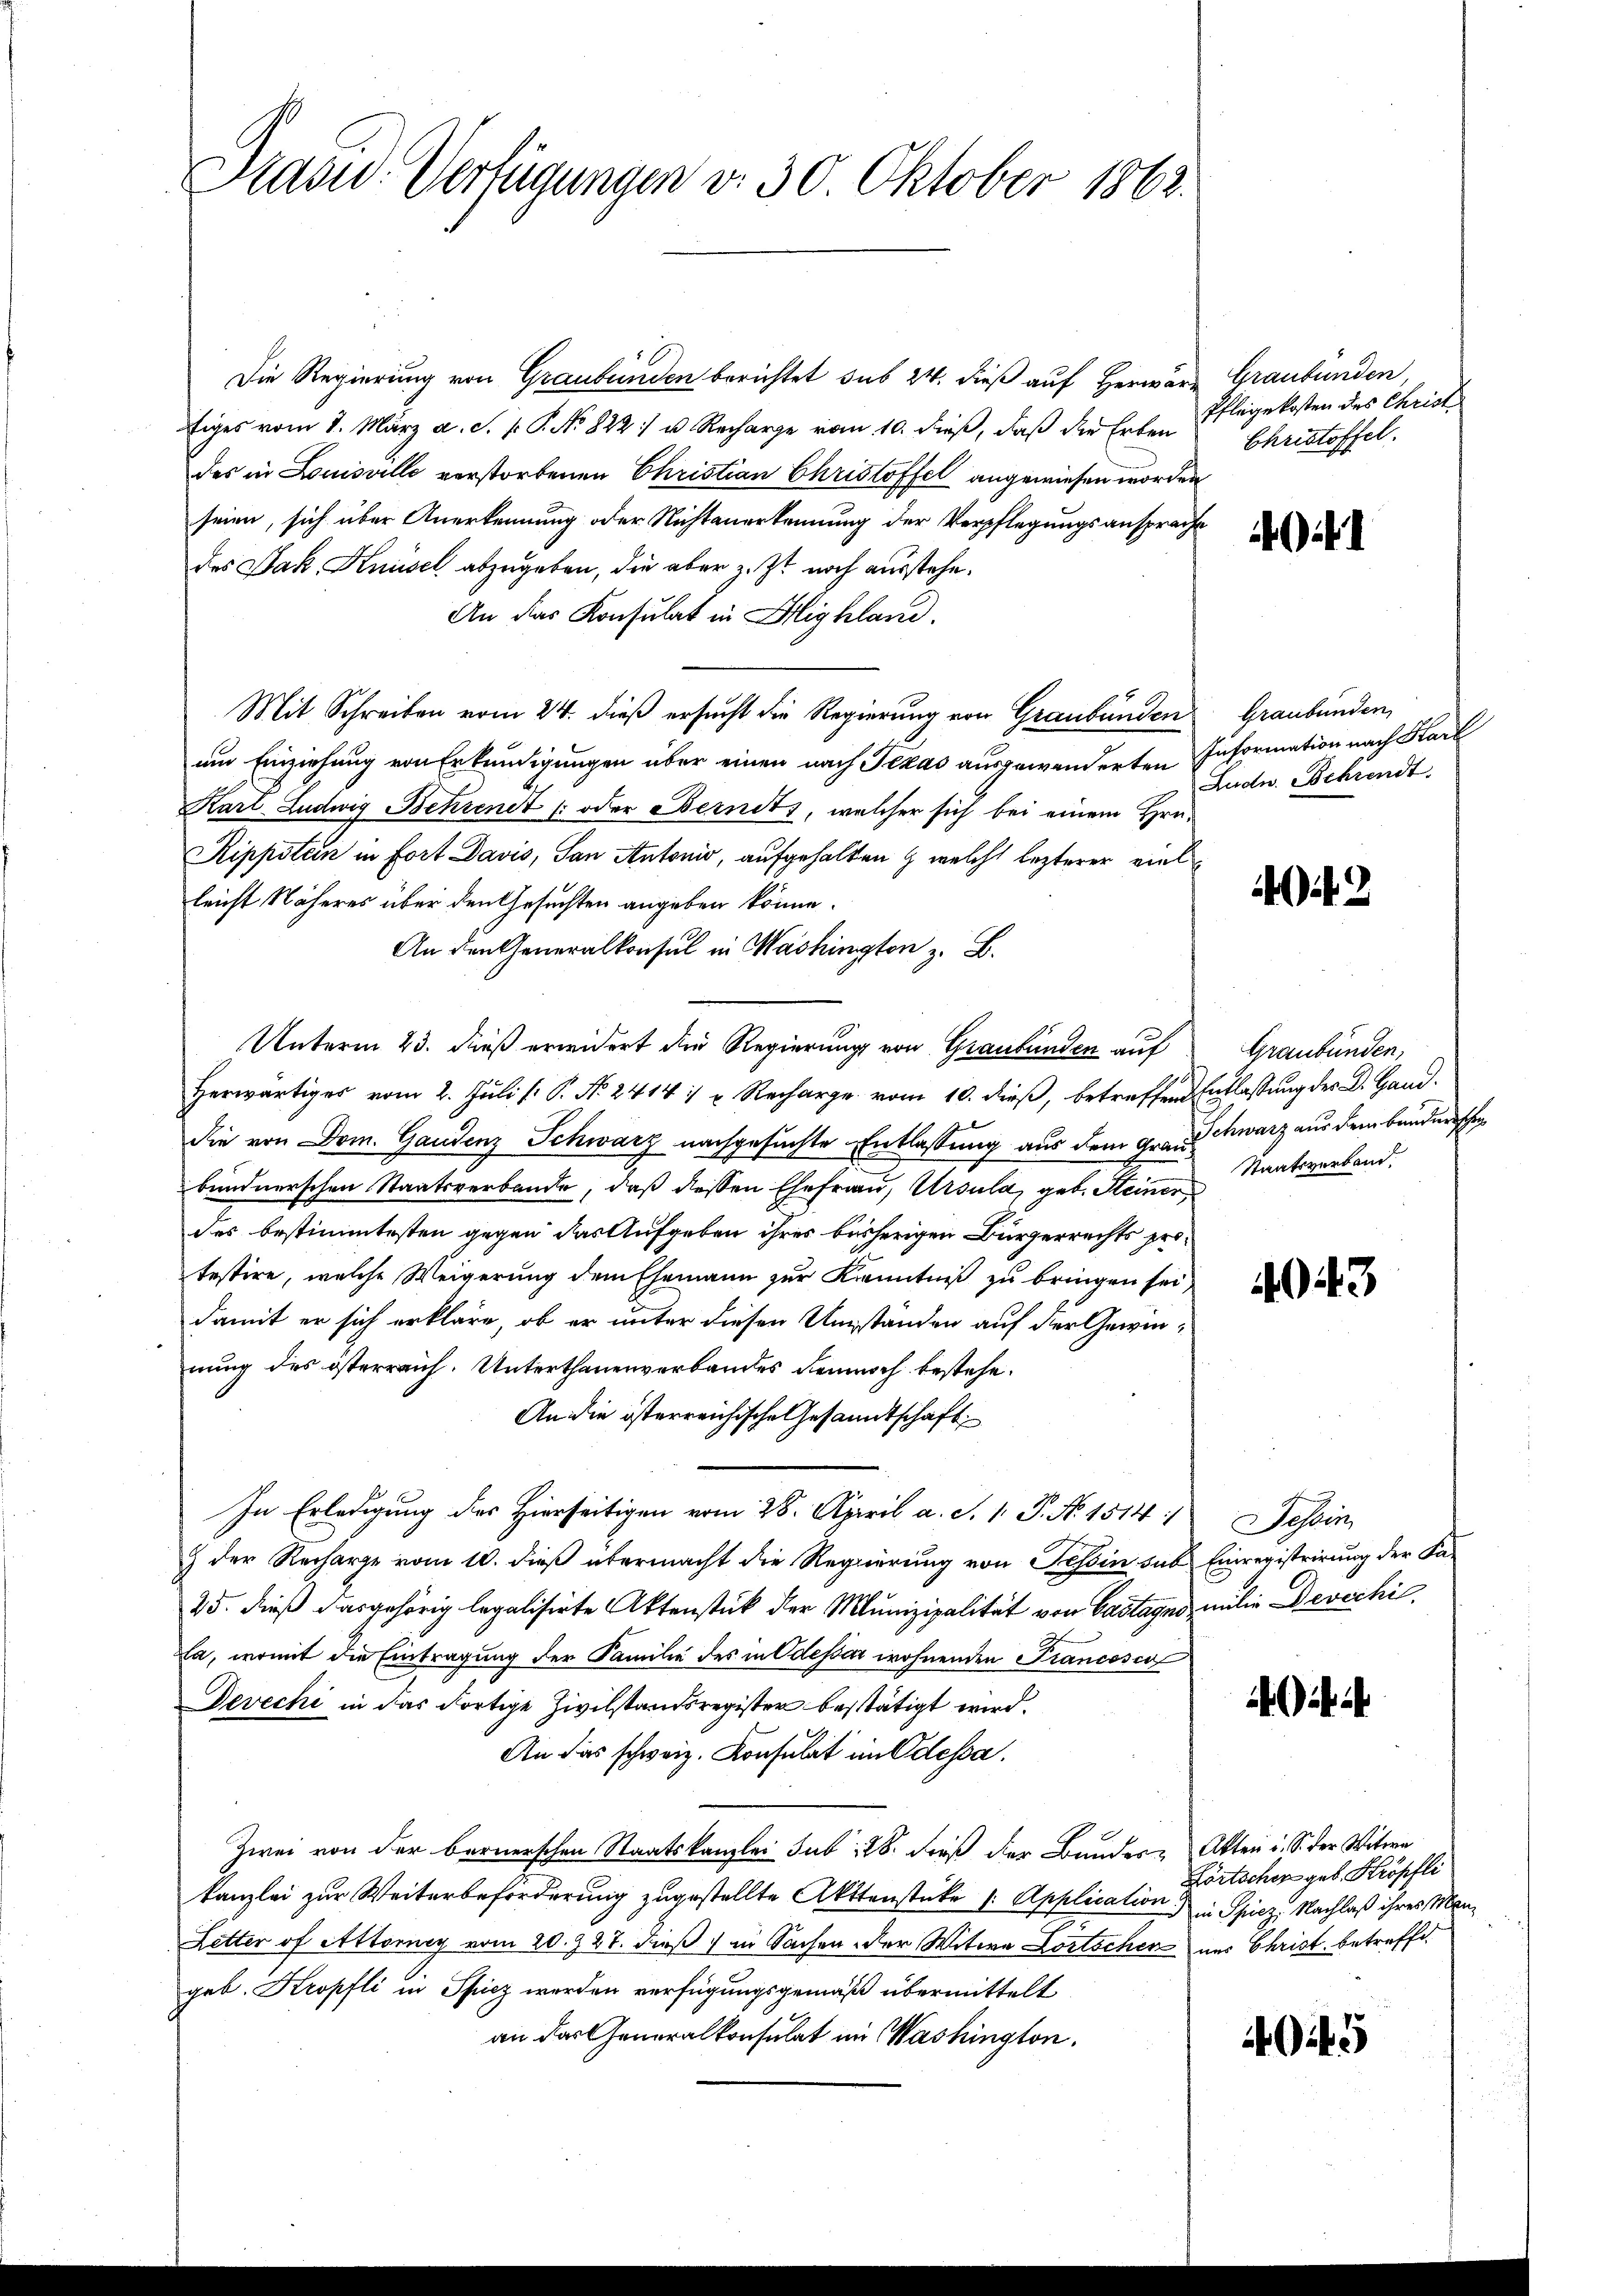
Sasw. Verfügungen v. 30 Oktober 1862.

Die Regierung von Graubünden berichtet sub 24. dieß auf Herwäre Graubünden,
iges vom 8. März a. S. P. P. No 822 u. Recharge vom 10. dieß, daß die Erben
des in Louisville verstorbenen Christian Christoffel angewiesen worden
seien, sich über Anerkennung oder Nichtanerkennung der Verpflegungsansprache
des Jak. Knüsel abzugeben, die aber z. Zt. noch ausstehe.
An das Konsulat in Highland.
Mit Schreiben vom 24. dieß ersucht die Regierung von Graubünden
am Einziehung von Erkundigungen über einen nach Texas ausgewanderten Information nach Karl
Karl Ludwig Behrendt oder Fernets, welcher sich bei einem Hrn.
Kippstein in Fort Davis, San Antonio, aufgehalten & welche lezterer vielleicht Näheres über den Gesuchten angeben könne.
An den Generalkonsul in Washington z. B.
Unterm 23. dieß erwidert die Regierung von Graubünden auf
herwärtiges vom 2. Jŭli /: P. Nr. 24141 u. Recharge vom 10. dieβ, betreffend Entlassŭng der Dr. Hand-
die von Dom. Gaudenz Schwarz nachgesuchte Entlassung aus dem Grandschwarz aus dem Bauderischen
bundnerschen Staatsverbande, daß dessen Ehefrau, Ursula, geb. Steiner
des bestimmtesten gegen das Aufgeben ihres bisherigen Bürgerrechts protestire, welche Weigerung dem Ehemann zur Kenntniß zu bringen sei,
damit er sich erkläre, ob er unter diesen Umständen auf der Gewinnung des österreich. Unterthanenverbandes demnach bestehe.
An die österreichische Gesandtschaft
In Erledigung des Hierseitigen vom 28. April a. S. 1. P. No. 1514/
) der Recharge vom 10. dieß übermacht die Regierung von Tessin sub Einregistrirung der Sa¬
25. dieß das gehörig legalisirte Aktenstück der Munizipalität von Castages milie Devechi
la, womit die Eintragung der Familie des in Odessar wohnenden Francesca
Devechi in das dortige Zivilstandsregister bestätigt wird.
An das schweiz. Konsulat im Odessa.
Zwei von der bernerschen Staatskanzlei sub 28. dieß der Bundere Akten u. S. der Witwe
kanzlei zur Weiterbeforderung zugestellte Aktenstüke /: Application in Spiez, Nachlaß ihres Man¬
Letter of Attorney vom 20. 327. dieß in Sachen der Witwe Lortschen aus Christ betreffet
geb. Kropfli in Spiez werden verfügungsgemäß übermittelt
an das Generalkonsulat im Washington.

Pflegekosten des Christ
Christoffel.

1

Graubünden,
Ludn. Schrendt

2

Graubünden,
Staatsverband.

043

Tessin

ihr

Lörtscher geb. Kröpfli

4045